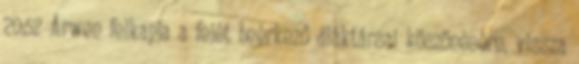
20:52 Arwen felkapja a fejét beérkező diáktársai köszönésére, vissza